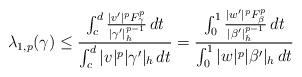
LaTeX: \begin{align*}\lambda_{1,p}(\gamma) \le \frac{ \int_c^d \frac{| v' |^p F_\gamma^p}{|\gamma'|_h^{p-1}} \,dt}{\int_c^d | v |^p |\gamma'|_h \,dt} = \frac{ \int_0^1 \frac{| w' |^p F_\beta^p}{|\beta'|_h^{p-1}} \,dt}{\int_0^1 | w |^p |\beta'|_h \,dt}\end{align*}